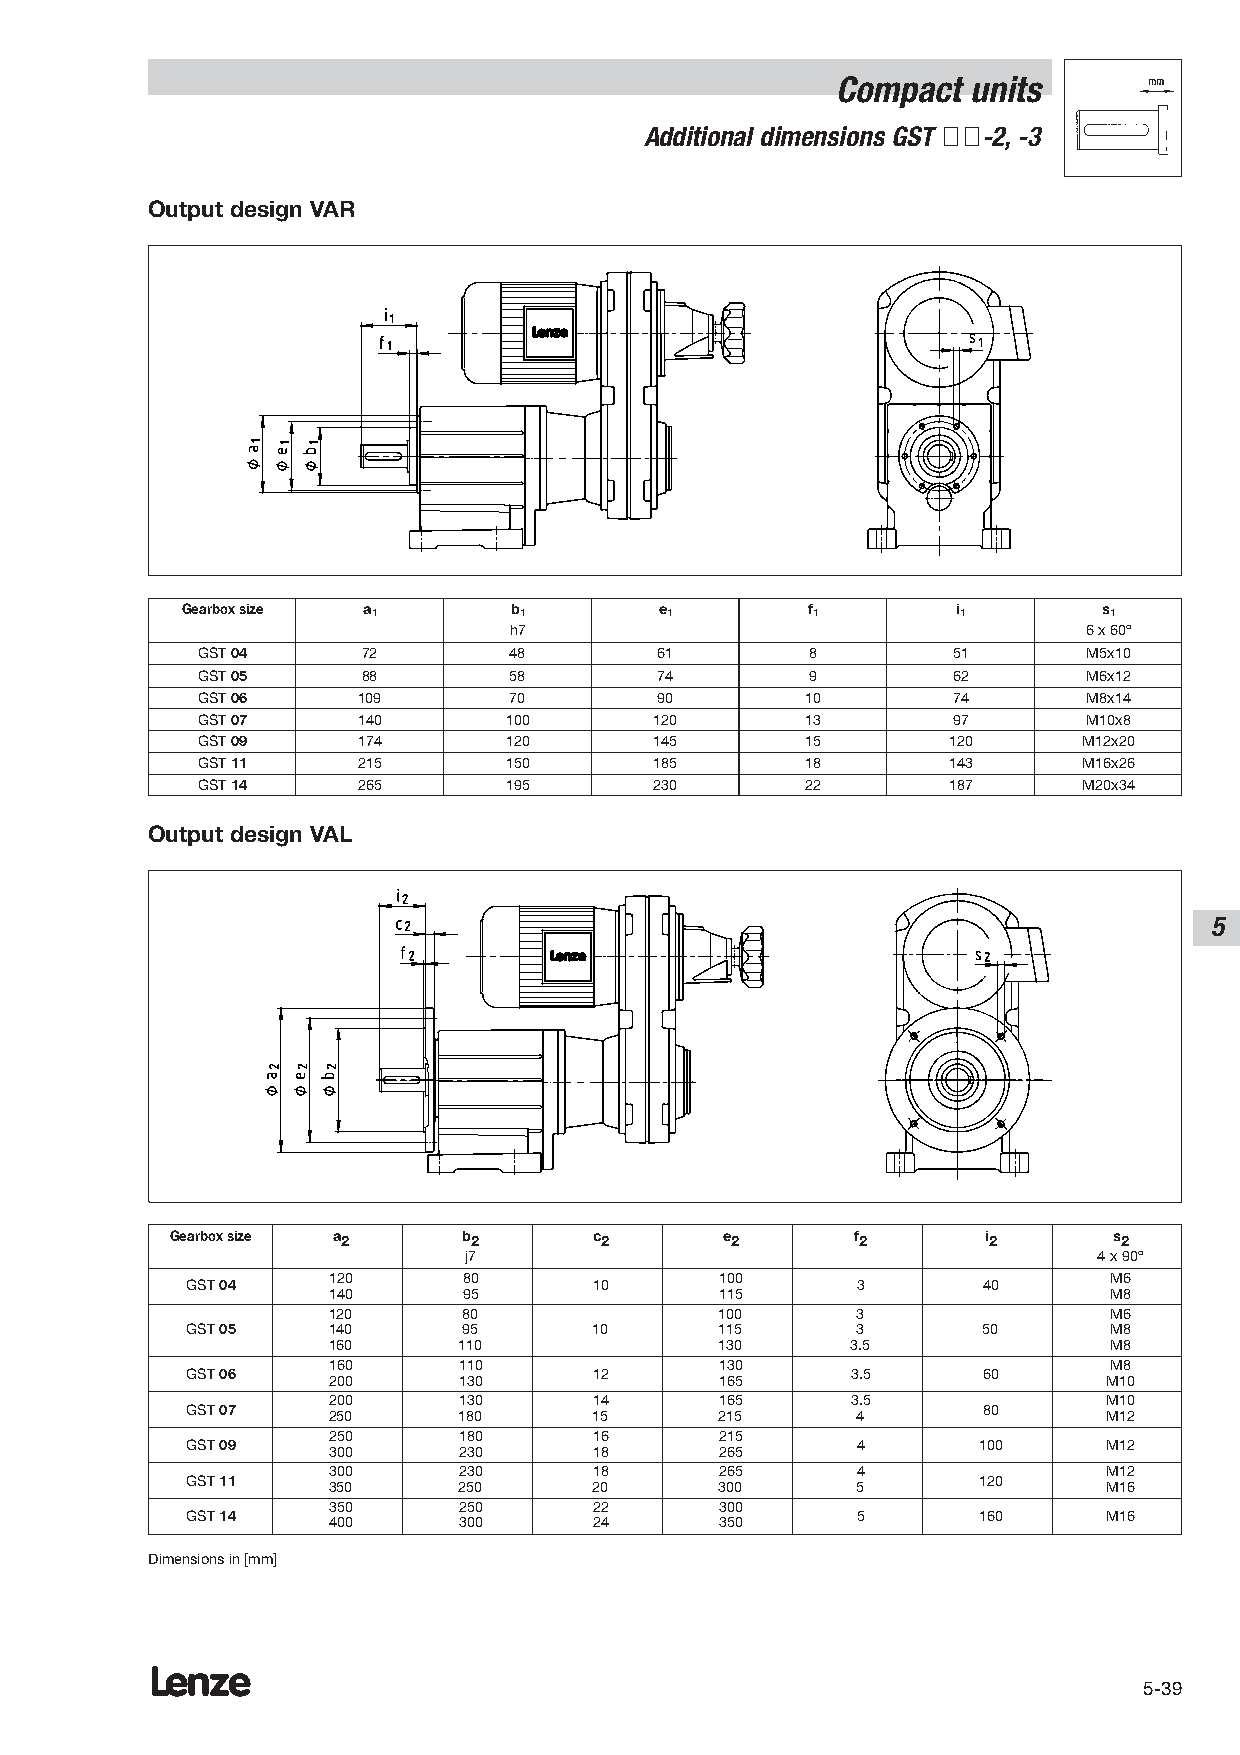
Compact  units
 Additional dimensions GST ÇÇ-2,-3
 Output design VAR
 Gearbox size a1       b1        e1       f1        i1        s1
 h7                                    6 x 60º
 GST04      72        48        61        8        51       M5x10
 GST05      88        58        74        9        62       M6x12
 GST06      109       70        90       10        74       M8x14
 GST07      140      100       120       13        97       M10x8
 GST09      174      120       145       15        120      M12x20
 GST11      215      150       185       18        143      M16x26
 GST14      265      195       230       22        187      M20x34
 Output design VAL
 5
 Gearbox size a2     b2      c2       e2       f2      i2       s2
 j7                                        4 x 90º
 120      80               100                      M6
 GST04                      10                3       40
 140      95               115                      M8
 120      80               100      3               M6
 GST05     140      95      10       115      3       50      M8
 160     110               130     3.5              M8
 160     110               130                      M8
 GST06     200     130      12       165     3.5      60      M10
 200     130      14       165     3.5              M10
 GST07     250     180      15       215      4       80      M12
 250     180      16       215
 GST09     300     230      18       265      4       100     M12
 300     230      18       265      4               M12
 GST11     350     250      20       300      5       120     M16
 350     250      22       300
 GST14                                        5       160     M16
 400     300      24       350
 Dimensions in [mm]
 Lenze
 5-39